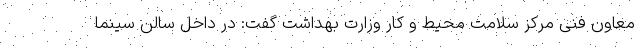
معاون فنی مرکز سلامت محیط و کار وزارت بهداشت گفت: در داخل سالن سینما